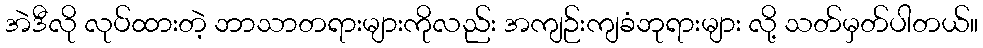
အဲဒီလို လုပ်ထားတဲ့ ဘာသာတရားများကိုလည်း အကျဉ်းကျခံဘုရားများ လို့ သတ်မှတ်ပါတယ်။